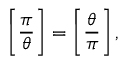
{ \Bigg [ } { \frac { \pi } { \theta } } { \Bigg ] } = \left[ { \frac { \theta } { \pi } } \right] ,